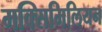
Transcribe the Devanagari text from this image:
मक्सिमिलियन